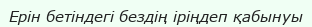
Ерін бетіндегі бездің іріңдеп қабынуы